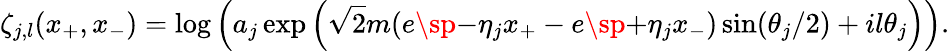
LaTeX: \zeta_{j,l}(x_{+},x_{-})=\log\left(a_{j}\exp\left(\sqrt{2}m(e\sp{-\eta_{j}}x_{+}-e\sp{+\eta_{j}}x_{-})\sin(\theta_{j}/2)+il\theta_{j}\right)\right).